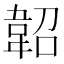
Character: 𩎣